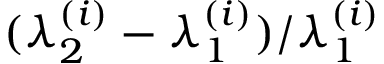
( \lambda _ { 2 } ^ { ( i ) } - \lambda _ { 1 } ^ { ( i ) } ) / \lambda _ { 1 } ^ { ( i ) }